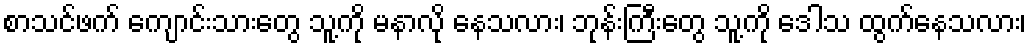
စာသင်ဖက် ကျောင်းသားတွေ သူ့ကို မနာလို နေသလား၊ ဘုန်းကြီးတွေ သူ့ကို ဒေါသ ထွက်နေသလား၊